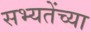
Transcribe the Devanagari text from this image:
सभ्यतेंच्या